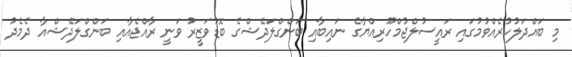
މި ބައްދަލުކުރެއްވުމުގައި ރައީސުލްޖުމްހޫރިއްޔާގެ ނައިބާއި ބަންގްލަދޭޝްގެ ބޮޑުވަޒީރު ވަނީ ރާއްޖެއާއި ބަންގްލަދޭޝްއާ ދެމެދު